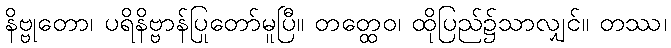
နိဗ္ဗုတော၊ ပရိနိဗ္ဗာန်ပြုတော်မူပြီ။ တတ္ထေဝ၊ ထိုပြည်၌သာလျှင်။ တဿ၊